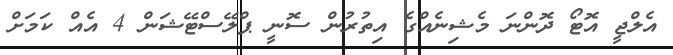
އެލްޖީ އޮޓޯ ދޮންނަ މެޝިނެއްގެ އިތުރުން ސޮނީ ޕްލޭސްޓޭޝަން 4 އެއް ކަމަށް